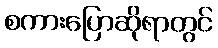
စကားပြောဆိုရာတွင်